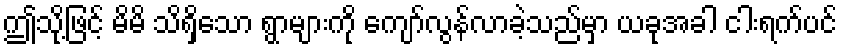
ဤသို့ဖြင့် မိမိ သိရှိသော ရွာများကို ကျော်လွန်လာခဲ့သည်မှာ ယခုအခါ ငါးရက်ပင်